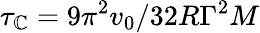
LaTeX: \tau_{\mathbb{C}}={9\pi^{2}}{v_{0}/32R\Gamma^{2}M}